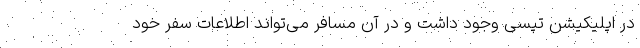
در اپلیکیشن تپسی وجود داشت و در آن مسافر می‌تواند اطلاعات سفر خود